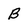
Character: B